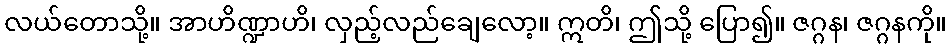
လယ်တောသို့။ အာဟိဏ္ဍာဟိ၊ လှည့်လည်ချေလော့။ ဣတိ၊ ဤသို့ ပြော၍။ ဇဂ္ဂန၊ ဇဂ္ဂနကို။